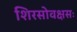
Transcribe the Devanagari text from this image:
शिरसोवक्षसः